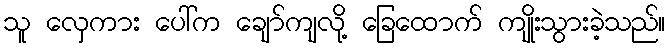
သူ လှေကား ပေါ်က ချော်ကျလို့ ခြေထောက် ကျိုးသွားခဲ့သည်။